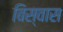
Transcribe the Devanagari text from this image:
बिस्‍वास